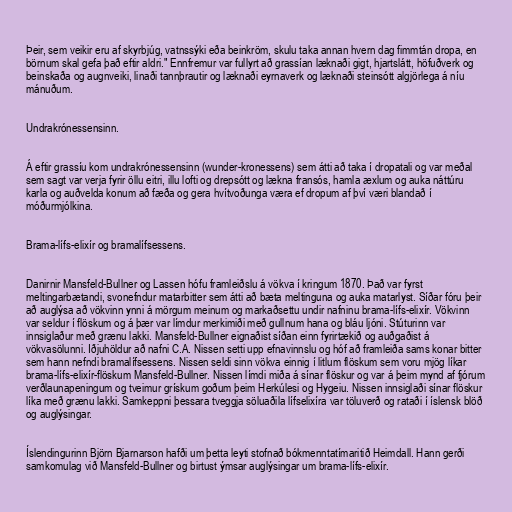
Þeir, sem veikir eru af skyrbjúg, vatnssýki eða beinkröm, skulu taka annan hvern dag fimmtán dropa, en
börnum skal gefa það eftir aldri." Ennfremur var fullyrt að grassían læknaði gigt, hjartslátt, höfuðverk og
beinskaða og augnveiki, linaði tannþrautir og læknaði eyrnaverk og læknaði steinsótt algjörlega á níu
mánuðum.

Undrakrónessensinn.

Á eftir grassíu kom undrakrónessensinn (wunder-kronessens) sem átti að taka í dropatali og var meðal
sem sagt var verja fyrir öllu eitri, illu lofti og drepsótt og lækna fransós, hamla æxlum og auka náttúru
karla og auðvelda konum að fæða og gera hvítvoðunga væra ef dropum af því væri blandað í
móðurmjólkina.

Brama-lífs-elixír og bramalífsessens.

Danirnir Mansfeld-Bullner og Lassen hófu framleiðslu á vökva í kringum 1870. Það var fyrst
meltingarbætandi, svonefndur matarbitter sem átti að bæta meltinguna og auka matarlyst. Síðar fóru þeir
að auglýsa að vökvinn ynni á mörgum meinum og markaðsettu undir nafninu brama-lífs-elixír. Vökvinn
var seldur í flöskum og á þær var límdur merkimiði með gullnum hana og bláu ljóni. Stúturinn var
innsiglaður með grænu lakki. Mansfeld-Bullner eignaðist síðan einn fyrirtækið og auðgaðist á
vökvasölunni. Iðjuhöldur að nafni C.A. Nissen setti upp efnavinnslu og hóf að framleiða sams konar bitter
sem hann nefndi bramalífsessens. Nissen seldi sinn vökva einnig í litlum flöskum sem voru mjög líkar
brama-lífs-elixír-flöskum Mansfeld-Bullner. Nissen límdi miða á sínar flöskur og var á þeim mynd af fjórum
verðlaunapeningum og tveimur grískum goðum þeim Herkúlesi og Hygeiu. Nissen innsiglaði sínar flöskur
líka með grænu lakki. Samkeppni þessara tveggja söluaðila lífselixíra var töluverð og rataði í íslensk blöð
og auglýsingar.

Íslendingurinn Björn Bjarnarson hafði um þetta leyti stofnað bókmenntatímaritið Heimdall. Hann gerði
samkomulag við Mansfeld-Bullner og birtust ýmsar auglýsingar um brama-lífs-elixír.